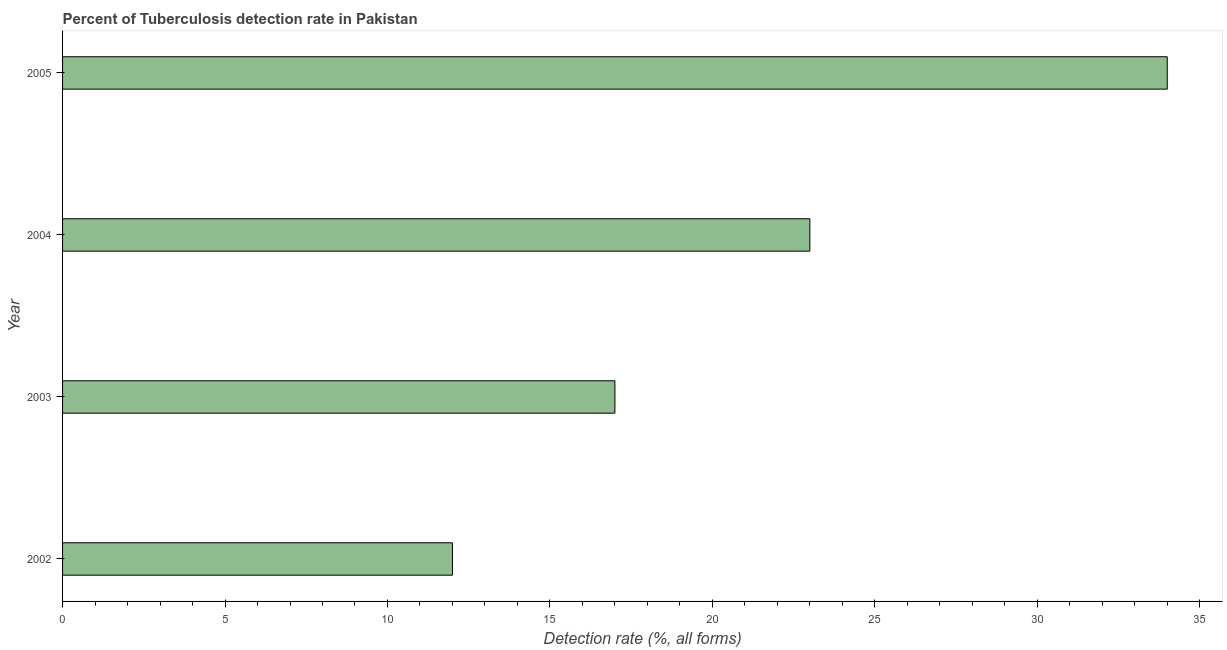
| Year | Tuberculosis case detection rate |
 | --- | --- |
 | 2002 | 12 |
 | 2003 | 17 |
 | 2004 | 23 |
 | 2005 | 34 |